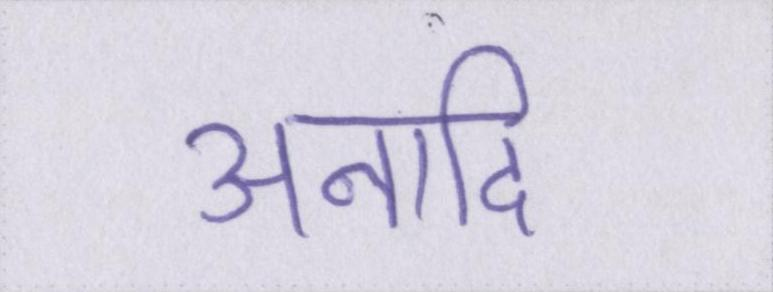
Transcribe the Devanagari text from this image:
अनादि